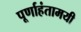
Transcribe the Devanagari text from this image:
पूर्णाहंतामयी